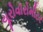
યૂરોવૉરોમીટર